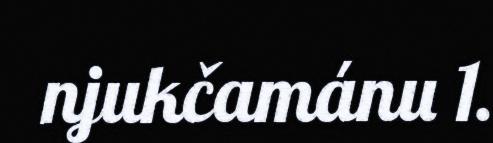
njukčamánu 1.